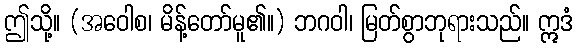
ဤသို့။ (အဝေါစ၊ မိန့်တော်မူ၏။) ဘဂဝါ၊ မြတ်စွာဘုရားသည်။ ဣဒံ